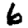
Digit: 6